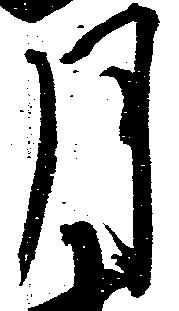
月